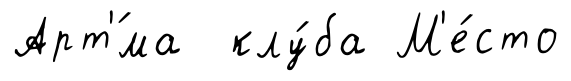
Арт'́ма клу́ба М'е́сто